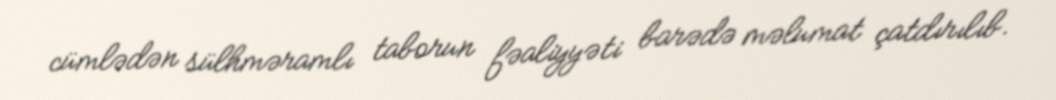
cümlədən sülhməramlı taborun fəaliyyəti barədə məlumat çatdırılıb.